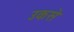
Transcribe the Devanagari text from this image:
उकसे